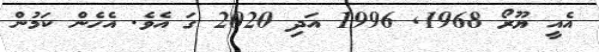
އެއީ ޔޫރޯ 1968